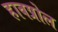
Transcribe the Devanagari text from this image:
हावप्रोल